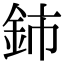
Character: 鈰